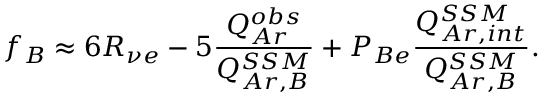
f _ { B } \approx 6 R _ { \nu e } - 5 \frac { Q _ { A r } ^ { o b s } } { Q _ { A r , B } ^ { S S M } } + P _ { B e } \frac { Q _ { A r , i n t } ^ { S S M } } { Q _ { A r , B } ^ { S S M } } .